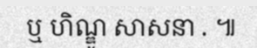
ឬ ហិណ្ឌូ សាសនា . ៕